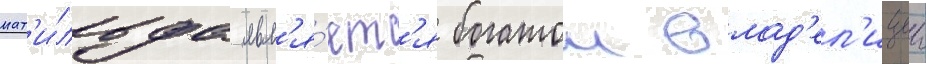
мат'и́льда явл'я́етс'я богатои влад'ел'ицеи